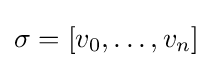
\sigma =[v_{0},\ldots ,v_{n}]